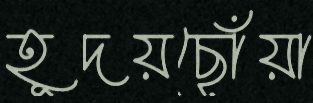
হূদয়ছোঁয়া